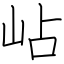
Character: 岾